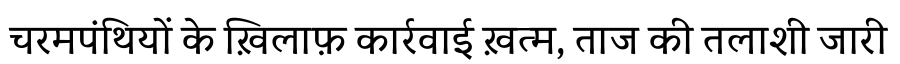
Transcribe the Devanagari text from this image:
चरमपंथियों के ख़िलाफ़ कार्रवाई ख़त्म, ताज की तलाशी जारी